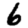
Digit: 6